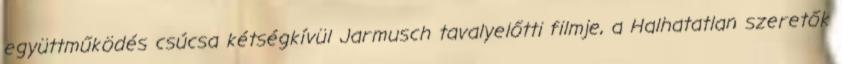
együttműködés csúcsa kétségkívül Jarmusch tavalyelőtti filmje, a Halhatatlan szeretők